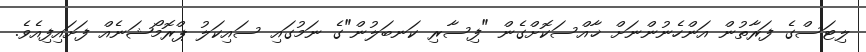
ލިޓަސްގެ ފަރާތުން އަންހެނުންނަށް ޚާއްސަކޮށްގެން "ފިސާރި ކަނބަލުން"ގެ ނަމުގައި ސައިކަލު ޕްރޮމޯޝަނެއް ފަށައިފިއެވެ.